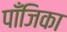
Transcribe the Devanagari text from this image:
पाँजिका